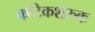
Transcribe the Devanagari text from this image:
कटिकशेरुक